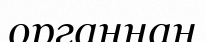
органнан